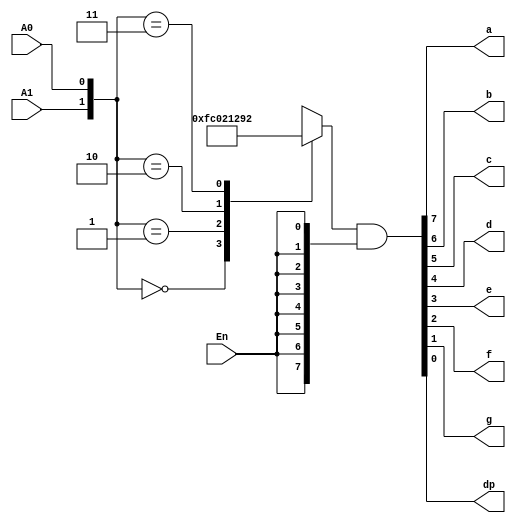
module Decode_Display_2_9(input En,A0,A1,output a,b,c,d,e,f,g,dp);
	reg [7:0] temp;
	always case({A1,A0})
		2'b00:   temp=8'b11111100;
		2'b01:   temp=8'b00000010;
		2'b10:   temp=8'b00010010;
		2'b11:   temp=8'b10010010;
	endcase 
	assign {a,b,c,d,e,f,g,dp}=temp&{En,En,En,En,En,En,En,En};
endmodule